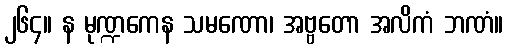
၂၆၄။ န မုဏ္ဍကေန သမဏော၊ အဗ္ဗတော အလိကံ ဘဏံ။